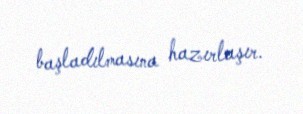
başladılmasına hazırlaşır.